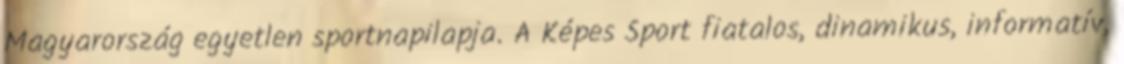
Magyarország egyetlen sportnapilapja. A Képes Sport fiatalos, dinamikus, informatív,